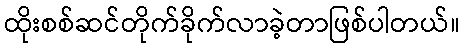
ထိုးစစ်ဆင်တိုက်ခိုက်လာခဲ့တာဖြစ်ပါတယ်။